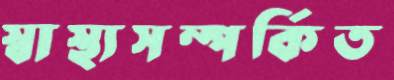
স্বাস্থ্যসম্পর্কিত